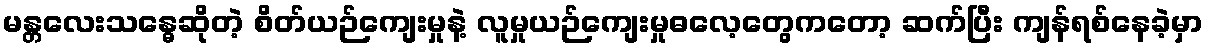
မန္တလေးသန္ဓေဆိုတဲ့ စိတ်ယဉ်ကျေးမှုနဲ့ လူမှုယဉ်ကျေးမှုဓလေ့တွေကတော့ ဆက်ပြီး ကျန်ရစ်နေခဲ့မှာ